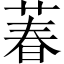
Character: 萶